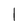
Character: 1